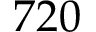
7 2 0